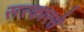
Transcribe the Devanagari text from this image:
सरकारसे